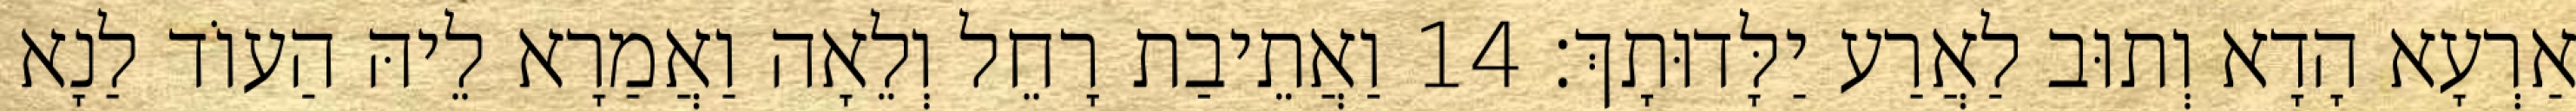
אַרְעָא הָדָא וְתוּב לַאֲרַע יַלָּדוּתָךְ׃ 14 וַאֲתֵיבַת רָחֵל וְלֵאָה וַאֲמַרָא לֵיהּ הַעוֹד לַנָא